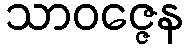
သာဝဇ္ဇေန